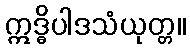
ဣဒ္ဓိပါဒသံယုတ္တ။